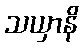
သယှာနိ